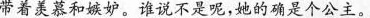
带着羡慕和嫉妒。谁说不是呢，她的确是个公主。